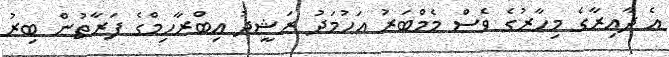
އެ ދާއިރާގެ މިހާރުގެ ވެސް މެމްބަރު އަހުމަދު ރަޝީދު އިބްރާހިމްގެ ފަރާތުން ބިރު